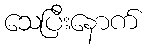
သေပြီးနောက်